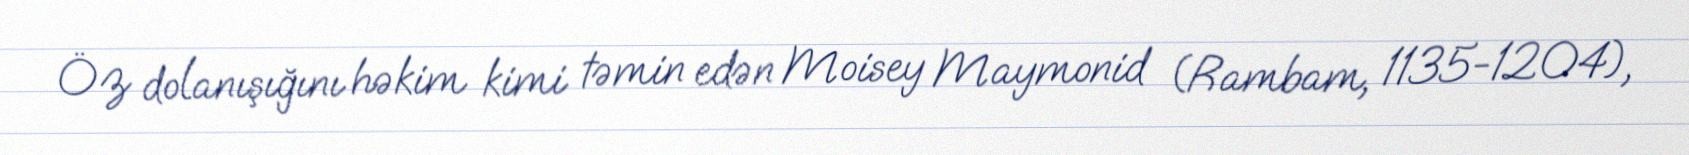
Öz dolanışığını həkim kimi təmin edən Moisey Maymonid (Rambam, 1135-1204),